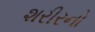
શરીરનો